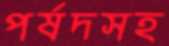
পর্ষদসহ